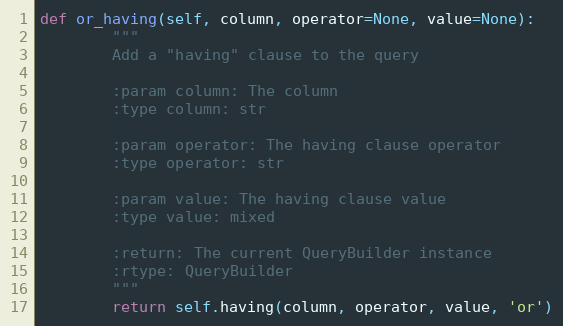
Language: Python
def or_having(self, column, operator=None, value=None):
        """
        Add a "having" clause to the query

        :param column: The column
        :type column: str

        :param operator: The having clause operator
        :type operator: str

        :param value: The having clause value
        :type value: mixed

        :return: The current QueryBuilder instance
        :rtype: QueryBuilder
        """
        return self.having(column, operator, value, 'or')